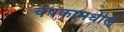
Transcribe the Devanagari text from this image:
चषकामधील